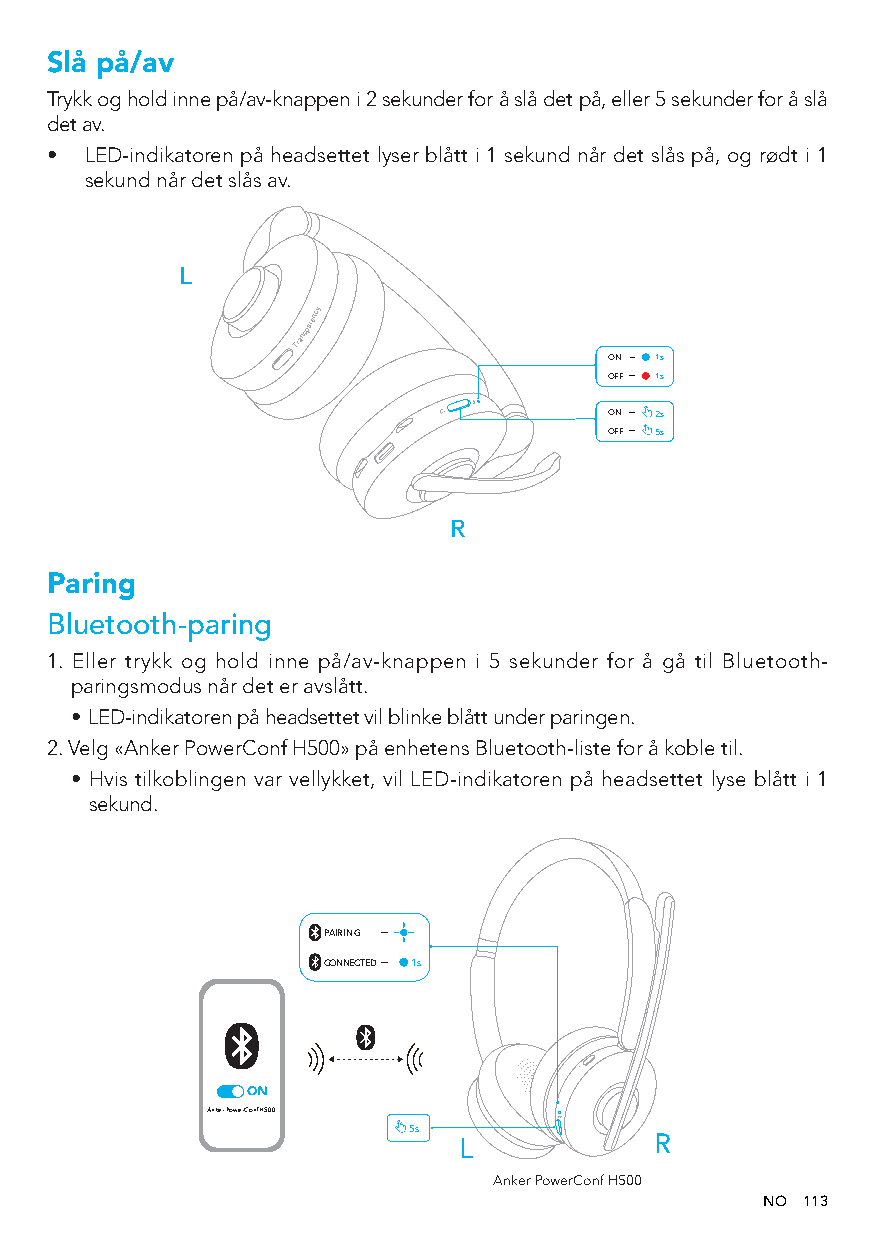
Slå på/av
 Trykk og hold inne på/av-knappen i 2 sekunder for å slå det på, eller 5 sekunder for å slå
 det av.
 •  LED-indikatoren på headsettet lyser blått i 1 sekund når det slås på, og rødt i 1
 sekund når det slås av.
 L
 T r a n s p ar e
 nc y
 O
 O
 O
 ON
 F
 N
 FF
 F
 1
 2
 51
 s
 s
 ss
 R
 Paring
 Bluetooth-paring
 1. Eller trykk og hold inne på/av-knappen i 5 sekunder for å gå til Bluetooth-
 paringsmodus når det er avslått.
 • LED-indikatoren på headsettet vil blinke blått under paringen.
 2. Velg «Anker PowerConf H500» på enhetens Bluetooth-liste for å koble til.
 • Hvis tilkoblingen var vellykket, vil LED-indikatoren på headsettet lyse blått i 1
 sekund.
 PAIRING
 CONNECTED 1s
 Anker PowerConf H500
 5s
 L            R
 Anker PowerConf H500
 NO 113